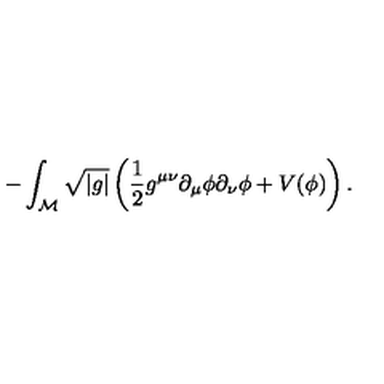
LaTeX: - \int _ { \cal M } \sqrt { \left| g \right| } \left( \frac { 1 } { 2 } g ^ { \mu \nu } \partial _ { \mu } \phi \partial _ { \nu } \phi + V ( \phi ) \right) .